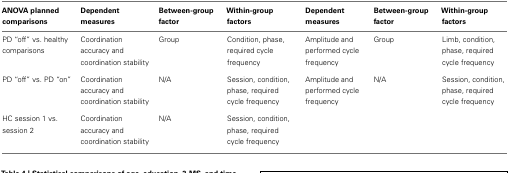
<table><thead><tr><td><b>ANOVA planned comparisons</b></td><td><b>Dependent measures</b></td><td><b>Between-group factor</b></td><td><b>Within-group factors</b></td><td><b>Dependent measures</b></td><td><b>Between-group factor</b></td><td><b>Within-group factors</b></td></tr></thead><tbody><tr><td>PD “off” vs. healthy comparisons</td><td>Coordination accuracy and coordination stability</td><td>Group</td><td>Condition, phase, required cycle frequency</td><td>Amplitude and performed cycle frequency</td><td>Group</td><td>Limb, condition, phase, required cycle frequency</td></tr><tr><td>PD “off” vs. PD “on”</td><td>Coordination accuracy and coordination stability</td><td>N/A</td><td>Session, condition, phase, required cycle frequency</td><td>Amplitude and performed cycle frequency</td><td>N/A</td><td>Session, condition, phase, required cycle frequency</td></tr><tr><td>HC session 1 vs. session 2</td><td>Coordination accuracy and coordination stability</td><td>N/A</td><td>Session, condition, phase, required cycle frequency</td><td></td><td></td><td></td></tr></tbody></table>